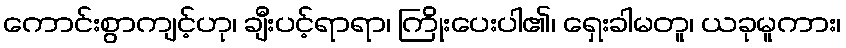
ကောင်းစွာကျင့်ဟု၊ ချီးပင့်ရာရာ၊ ကြိုးပေးပါ၏၊ ရှေးခါမတူ၊ ယခုမူကား၊